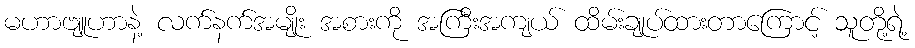
မဟာဗျူဟာနဲ့ လက်နက်အမျိုး အစားကို အကြီးအကျယ် ထိမ်းချုပ်ထားတာကြောင့် သူတို့ရဲ့